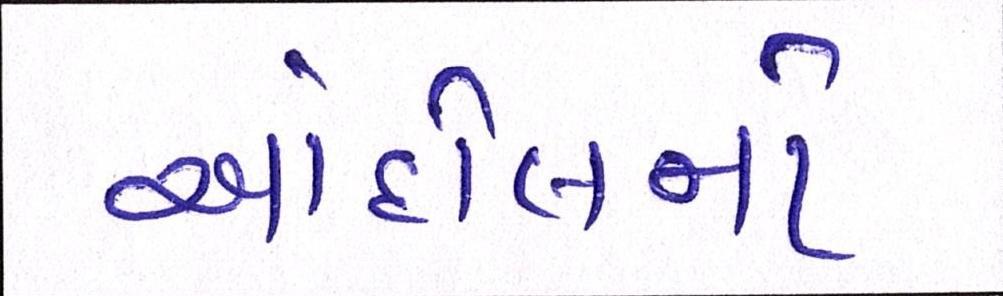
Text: આંદોલનો